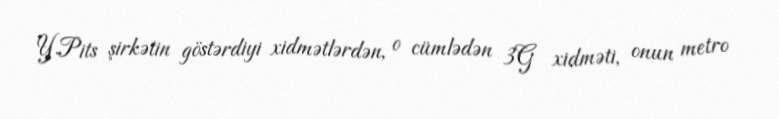
Y.Pits şirkətin göstərdiyi xidmətlərdən, o cümlədən 3G xidməti, onun metro